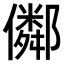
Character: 𠐕